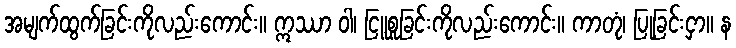
အမျက်ထွက်ခြင်းကိုလည်းကောင်း။ ဣဿာ ဝါ၊ ငြူစူခြင်းကိုလည်းကောင်း။ ကာတုံ၊ ပြုခြင်းငှာ။ န